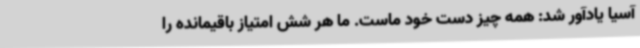
آسیا یادآور شد: همه چیز دست خود ماست. ما هر شش امتیاز باقیمانده را